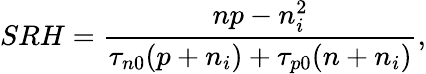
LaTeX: SRH=\frac{np-n_{i}^{2}}{\tau_{n0}(p+n_{i})+\tau_{p0}(n+n_{i})},